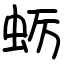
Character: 蛎